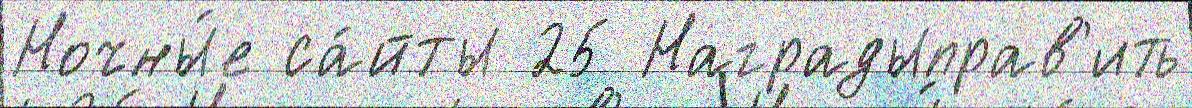
Ночны́е са́йты 25 Наградыправ'ить